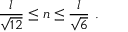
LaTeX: { \frac { l } { \sqrt { 1 2 } } } \leq n \leq { \frac { l } { \sqrt { 6 } } } \ .